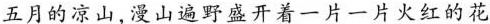
五月的凉山,漫山遍野盛开着一片一片火红的花